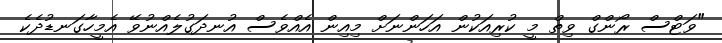
"ވަޓްސް ރޯންގް ވިތް މީ ކުރިއަކުން އަހަންނަށް މިއިން އެއްވެސް އުނދަގުލެއްނުވޭ އެމީހާގަނޑުދެކެ